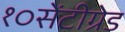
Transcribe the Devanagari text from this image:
१०सेंटीग्रेड